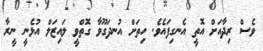
ވެސް ރިދާއަށް އޮތީ އެނގިފައެވެ. ހިތަށް އުނދަގޫވާ ގޮތްވީ ލައިޒަލް އުޅެނީ ނީރާ